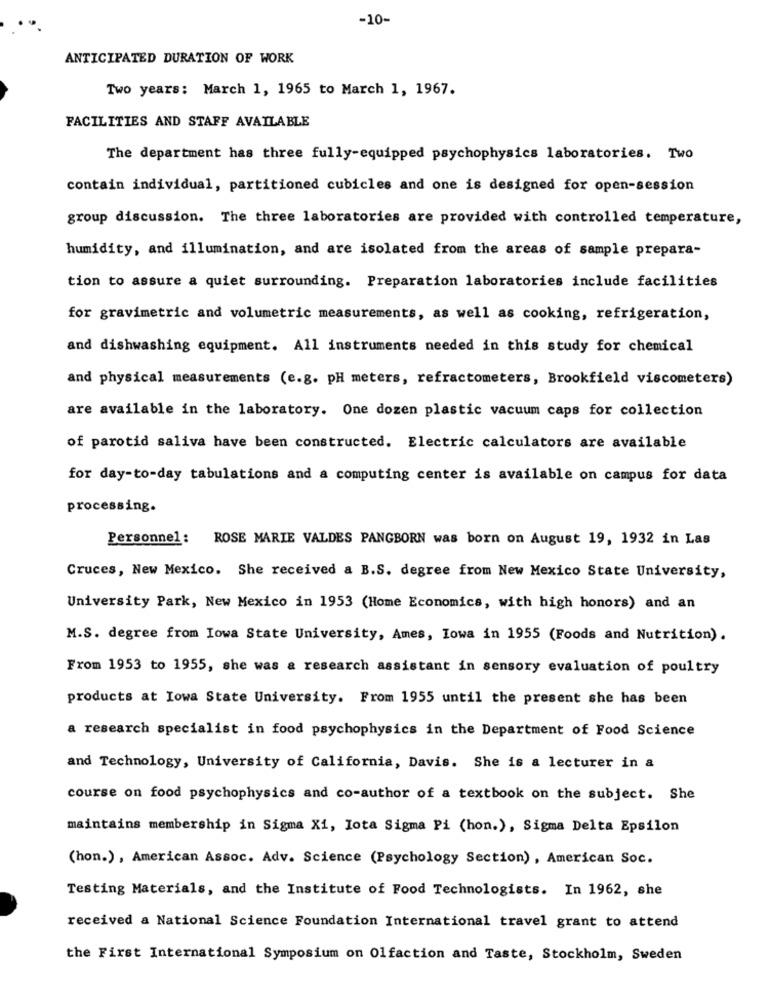
-10-
ANTICIPATED DURATION OF WORK
Two years: March 1, 1965 to March 1, 1967.
FACILITIES AND STAFF AVAILABLE
The department has three fully-equipped psychophysics laboratories. Two
contain individual, partitioned cubicles and one is designed for open-session
group discussion. The three laboratories are provided with controlled temperature,
humidity, and illumination, and are isolated from the areas of sample prepara-
tion to assure a quiet surrounding. Preparation laboratories include facilities
for gravimetric and volumetric measurements, as well as cooking, refrigeration,
and dishwashing equipment. All instruments needed in this study for chemical
and physical measurements (e.g. pH meters, refractometers, Brookfield viscometers)
are available in the laboratory. One dozen plastic vacuum caps for collection
of parotid saliva have been constructed. Electric calculators are available
for day-to-day tabulations and a computing center is available on campus for data
processing.
Personnel: ROSE MARIE VALDES PANGBORN was born on August 19, 1932 in Las
Cruces, New Mexico. She received a B.S. degree from New Mexico State University,
University Park, New Mexico in 1953 (Home Economics, with high honors) and an
M.S. degree from Iowa State University, Ames, Iowa in 1955 (Foods and Nutrition).
From 1953 to 1955, she was a research assistant in sensory evaluation of poultry
products at Iowa State University. From 1955 until the present she has been
a research specialist in food psychophysics in the Department of Food Science
and Technology, University of California, Davis. She is a lecturer in a
course on food psychophysics and co-author of a textbook on the subject. She
maintains membership in Sigma Xi, Iota Sigma Pi (hon.), Sigma Delta Epsilon
(hon.) , American Assoc. Adv. Science (Psychology Section), American Soc.
Testing Materials, and the Institute of Food Technologists. In 1962, she
received a National Science Foundation International travel grant to attend
the First International Symposium on Olfaction and Taste, Stockholm, Sweden